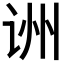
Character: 𬣱